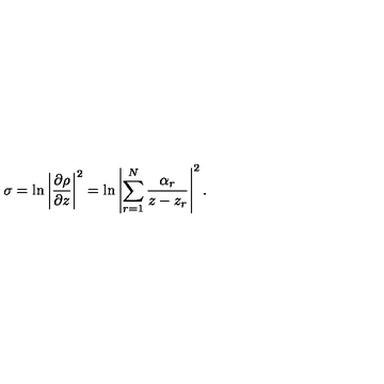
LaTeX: \sigma = \ln \left| { \frac { \partial \rho } { \partial z } } \right| ^ { 2 } = \ln \left| \sum _ { r = 1 } ^ { N } { \frac { \alpha _ { r } } { z - z _ { r } } } \right| ^ { 2 } .